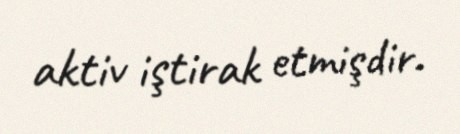
aktiv iştirak etmişdir.